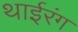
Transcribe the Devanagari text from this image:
थाईरंग